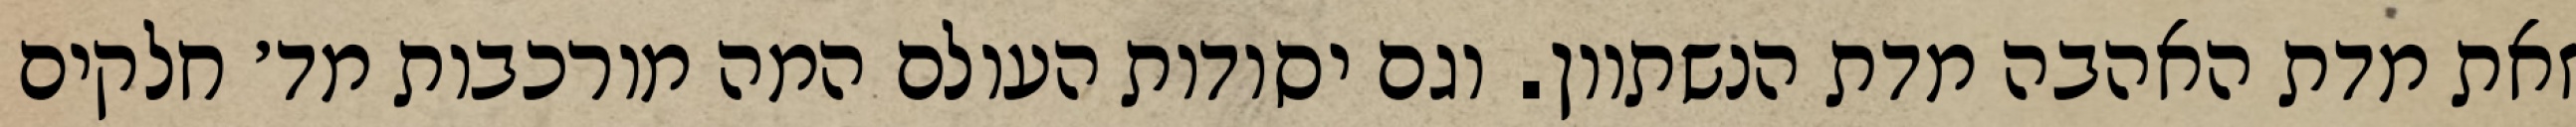
זאת מדת האהבה מדת הנשתוון. וגם יסודות העולם המה מורכבות מד׳ חלקים